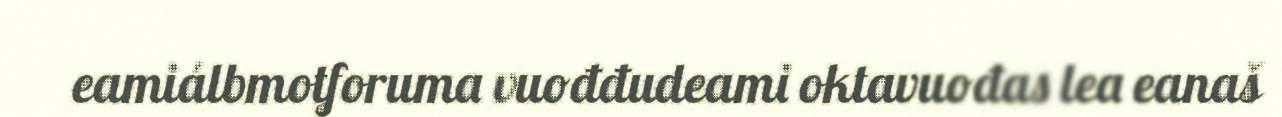
eamiálbmotforuma vuođđudeami oktavuođas lea eanaš